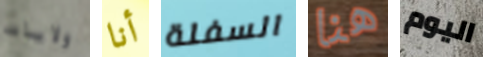
ولايات أنا السفلة هنا اليوم